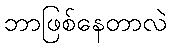
ဘာဖြစ်နေတာလဲ